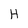
Character: H